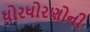
ધોરધોરણોની